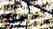
تحدثه